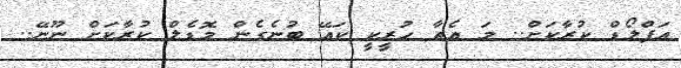
އަޕްލޯޑް ކުރާކަށް.. މަ އެތާ ހުރީކީ ކައޭ ބުނެގެން މޮޑެލް ކުރާކަށް ނޫނޭ..